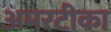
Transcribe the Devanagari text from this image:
अमरटीका